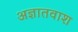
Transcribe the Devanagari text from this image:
अज्ञातवाश